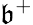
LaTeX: \mathfrak{b}^{+}